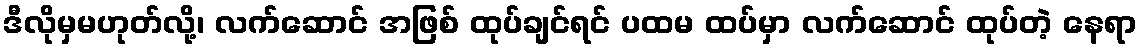
ဒီလိုမှမဟုတ်လို့၊ လက်ဆောင် အဖြစ် ထုပ်ချင်ရင် ပထမ ထပ်မှာ လက်ဆောင် ထုပ်တဲ့ နေရာ